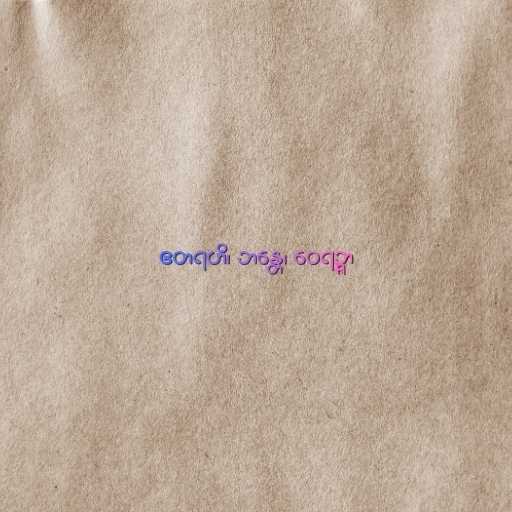
ဧတရဟိ၊ ဘန္တေ၊ ဝေရဉ္ဇာ